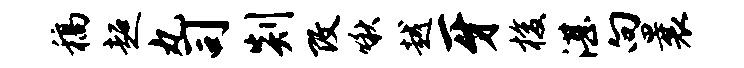
稿超丸司剡改啾越牙梭湛向曩